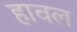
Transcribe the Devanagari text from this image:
हावल